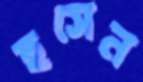
হুসেন